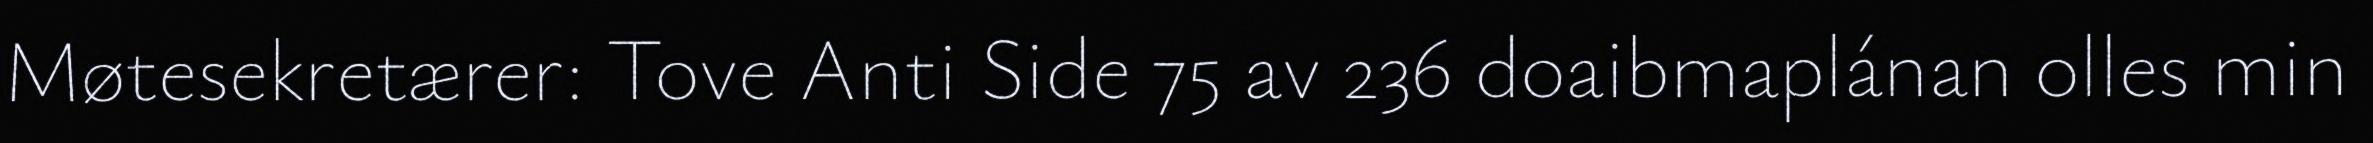
Møtesekretærer: Tove Anti Side 75 av 236 doaibmaplánan olles min